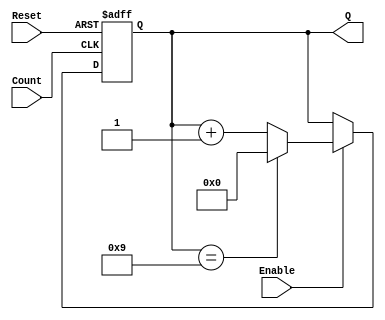
module decade_async_counter (
    input wire Reset,     // Asynchronous reset signal (active high)
    input wire Enable,    // Counting enable signal
    input wire Count,     // External input signal for counting (e.g. button press)
    output reg [3:0] Q    // 4-bit output representing the current count
);

// Asynchronous reset and counting mechanism
always @(posedge Count or posedge Reset) begin
    if (Reset) begin
        Q <= 4'b0000; // Reset the counter to 0
    end else if (Enable) begin
        // Increment the counter, but reset at 10
        if (Q == 4'b1001) begin
            Q <= 4'b0000; // Reset to 0 after reaching 9
        end else begin
            Q <= Q + 1; // Increment the counter
        end
    end
end

endmodule